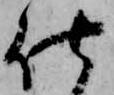
仕